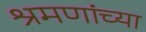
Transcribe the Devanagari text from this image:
श्रमणांच्या